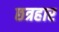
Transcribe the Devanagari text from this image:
छत्रहार